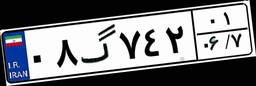
۰۸گ۷۴۲۰۱